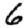
Digit: 6